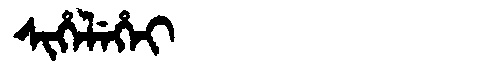
Manchu: ᠰᡳᡥᡝᠯᡝᡥᡝᡳ
Romanization: SIHELEHEI